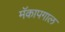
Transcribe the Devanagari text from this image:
मॅकापगाल